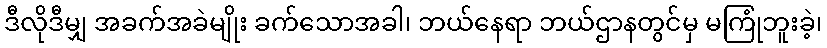
ဒီလိုဒီမျှ အခက်အခဲမျိုး ခက်သောအခါ၊ ဘယ်နေရာ ဘယ်ဌာနတွင်မှ မကြုံဘူးခဲ့၊